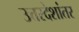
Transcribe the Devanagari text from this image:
उत्तरदेशांतर